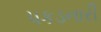
પકડનારી